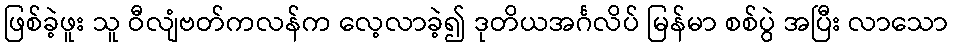
ဖြစ်ခဲ့ဖူး သူ ဝီလျံဗတ်ကလန်က လေ့လာခဲ့၍ ဒုတိယအင်္ဂလိပ် မြန်မာ စစ်ပွဲ အပြီး လာသော